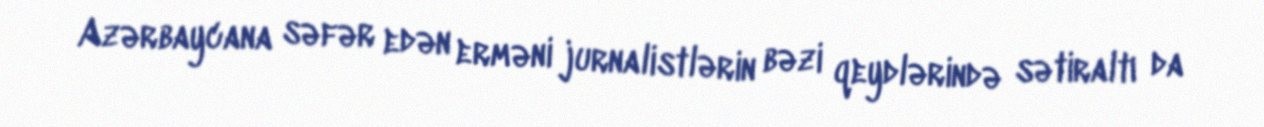
Azərbaycana səfər edən erməni jurnalistlərin bəzi qeydlərində sətiraltı da